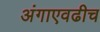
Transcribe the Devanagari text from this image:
अंगाएवढीच